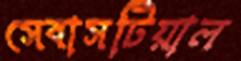
সেবাসটিয়াল